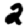
Digit: 2